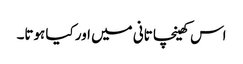
اس کھینچا تانی میں اور کیا ہوتا۔